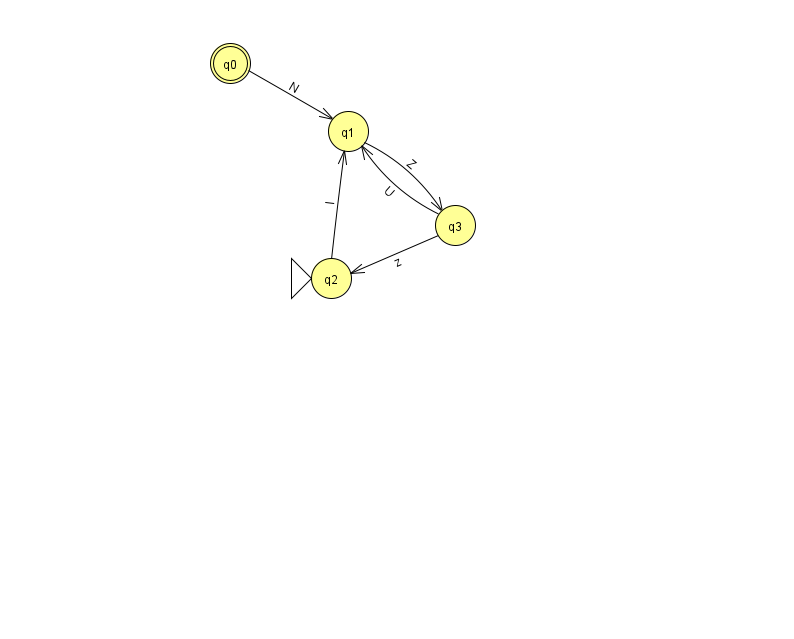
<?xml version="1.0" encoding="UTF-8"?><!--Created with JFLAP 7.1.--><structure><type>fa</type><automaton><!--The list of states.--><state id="0" name="q0"><x>230.0</x><y>50.0</y><final/></state><state id="1" name="q1"><x>348.0</x><y>118.0</y></state><state id="2" name="q2"><x>331.0</x><y>265.0</y><initial/></state><state id="3" name="q3"><x>455.0</x><y>212.0</y></state><!--The list of transitions.--><transition><from>3</from><to>1</to><read>U</read></transition><transition><from>1</from><to>3</to><read>Z</read></transition><transition><from>2</from><to>1</to><read>I</read></transition><transition><from>3</from><to>2</to><read>z</read></transition><transition><from>0</from><to>1</to><read>N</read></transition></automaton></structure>